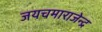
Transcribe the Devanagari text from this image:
जयचमाराजेन्द्र